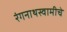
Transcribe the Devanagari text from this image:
रंगनाथस्वामीचे